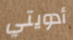
أدويتي